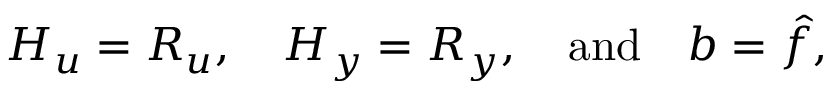
\boldsymbol { H _ { u } } = \boldsymbol { R _ { u } } , \quad \boldsymbol { H _ { y } } = \boldsymbol { R _ { y } } , \quad \mathrm { a n d } \quad \boldsymbol { b } = \boldsymbol { \hat { f } } ,